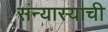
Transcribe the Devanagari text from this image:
संन्यास्याची